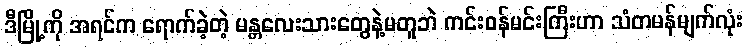
ဒီမြို့ကို အရင်က ရောက်ခဲ့တဲ့ မန္တလေးသားတွေနဲ့မတူဘဲ ကင်းဝန်မင်းကြီးဟာ သံတမန်မျက်လုံး